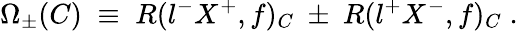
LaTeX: \Omega_{\pm}(C)\; \equiv\; R(l^{-}X^{+},f)_{C}~\pm~R(l^{+}X^{-},f)_{C}\; .